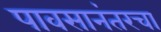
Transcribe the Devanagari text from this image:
पावसानंतरचा